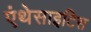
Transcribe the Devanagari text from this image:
एंथेसाइटिस